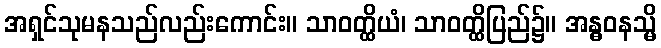
အရှင်သုမနသည်လည်းကောင်း။ သာဝတ္ထိယံ၊ သာဝတ္ထိပြည်၌။ အန္ဓဝနသ္မိ